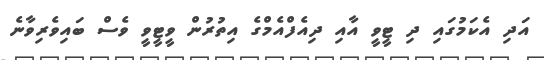
އަދި އެކަމުގައި ދި ޓީވީ އާއި ދިއެފްއެމްގެ އިތުރުން ވީޓީވީ ވެސް ބައިވެރިވާނެ